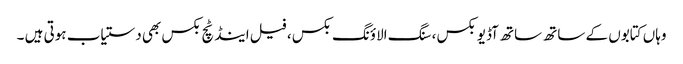
وہاں کتابوں کے ساتھ ساتھ آڈیو بکس ، سنگ الاؤنگ بکس ، فیل اینڈ ٹچ بکس بھی دستیاب ہوتی ہیں ۔